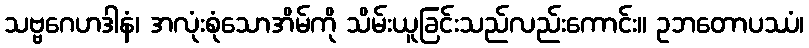
သဗ္ဗဂေဟဒါနံ၊ အလုံးစုံသောအိမ်ကို သိမ်းယူခြင်းသည်လည်းကောင်း။ ဥဘတောပဿံ၊